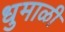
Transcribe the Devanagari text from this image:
धुमाळी